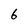
Character: 6